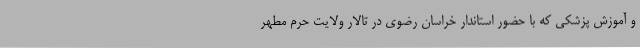
و آموزش پزشکی که با حضور استاندار خراسان رضوی در تالار ولایت حرم مطهر